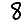
Digit: 8